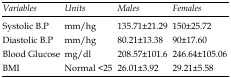
<table><thead><tr><td><b>Variables</b></td><td><b>Units</b></td><td><b>Males</b></td><td><b>Females</b></td></tr></thead><tbody><tr><td>Systolic B.P</td><td>mm/hg</td><td>135.71±21.29</td><td>150±25.72</td></tr><tr><td>Diastolic B.P</td><td>mm/hg</td><td>80.21±13.38</td><td>90±17.60</td></tr><tr><td>Blood Glucose</td><td>mg/dl</td><td>208.57±101.6</td><td>246.64±105.06</td></tr><tr><td>BMI</td><td>Normal &lt; 25</td><td>26.01±3.92</td><td>29.21±5.58</td></tr></tbody></table>